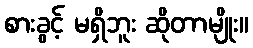
စားခွင့် မရှိဘူး ဆိုတာမျိုး။